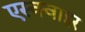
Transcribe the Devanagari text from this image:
एस्क्वाइर